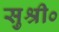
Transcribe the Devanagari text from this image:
सुश्री०